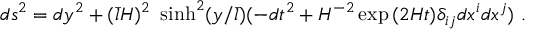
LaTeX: d s ^ { 2 } = d y ^ { 2 } + ( \bar { l } H ) ^ { 2 } \ \sinh ^ { 2 } ( y / \bar { l } ) ( - d t ^ { 2 } + H ^ { - 2 } \exp { ( 2 H t ) } \delta _ { i j } d x ^ { i } d x ^ { j } ) \ .